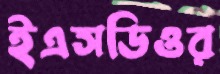
ইএসডিওর